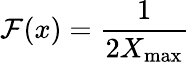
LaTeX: \mathcal{F}(x)={\frac{{1}}{{2X_{\operatorname*{max}}}}}